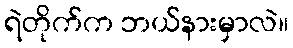
ရဲတိုက်က ဘယ်နားမှာလဲ။